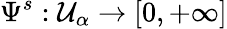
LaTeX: \Psi^{s}:\mathcal{U}_{\alpha}\to[0,+\infty]